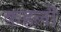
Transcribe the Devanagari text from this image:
कहलॊ